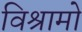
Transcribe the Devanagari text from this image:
विश्रामो